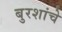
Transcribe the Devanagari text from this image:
बुरशांचे